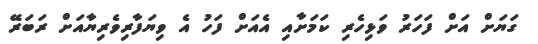
ގަޔަށް އަށް ފަހަރު ވަޅިހެރި ކަމަށާއި އެއަށް ފަހު އެ ވިޔަފާރިވެރިޔާއަށް ރަބަރޭ